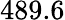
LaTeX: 489.6